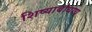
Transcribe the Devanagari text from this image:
शिष्याबोधाय